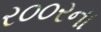
ર૦૦રના